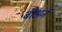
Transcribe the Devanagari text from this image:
बीअर्न